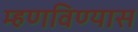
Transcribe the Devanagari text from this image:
म्हणविण्यास